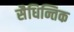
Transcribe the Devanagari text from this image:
सैधिन्तिक